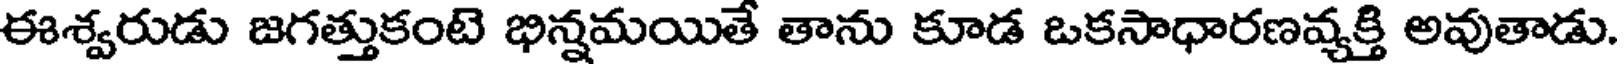
ఈశ్వరుడు జగత్తుకంటె భిన్నమయితే తాను కూడ ఒకసాధారణవ్యక్తి అవుతాడు.